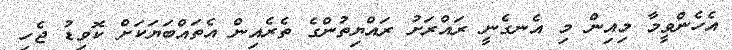
އެހެންވީމާ މިއިން މި އެނގެނީ ރައްރަށު ރައްޔިތުންގެ ތެރެއިން އެތައްބަޔަކަށް ކޮވިޑު ޖެހި